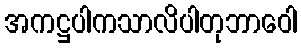
အကဋ္ဌပါကသာလိပါတုဘာဝေါ